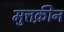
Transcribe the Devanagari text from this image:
मुत्तक़ीन